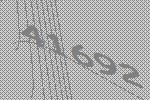
41692